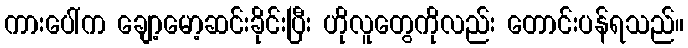
ကားပေါ်က ချော့မော့ဆင်းခိုင်းပြီး ဟိုလူတွေကိုလည်း တောင်းပန်ရသည်။